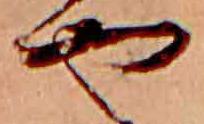
や